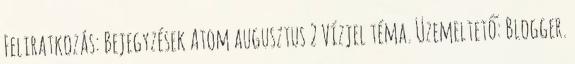
Feliratkozás: Bejegyzések Atom augusztus 2 Vízjel téma. Üzemeltető: Blogger.